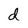
Character: d